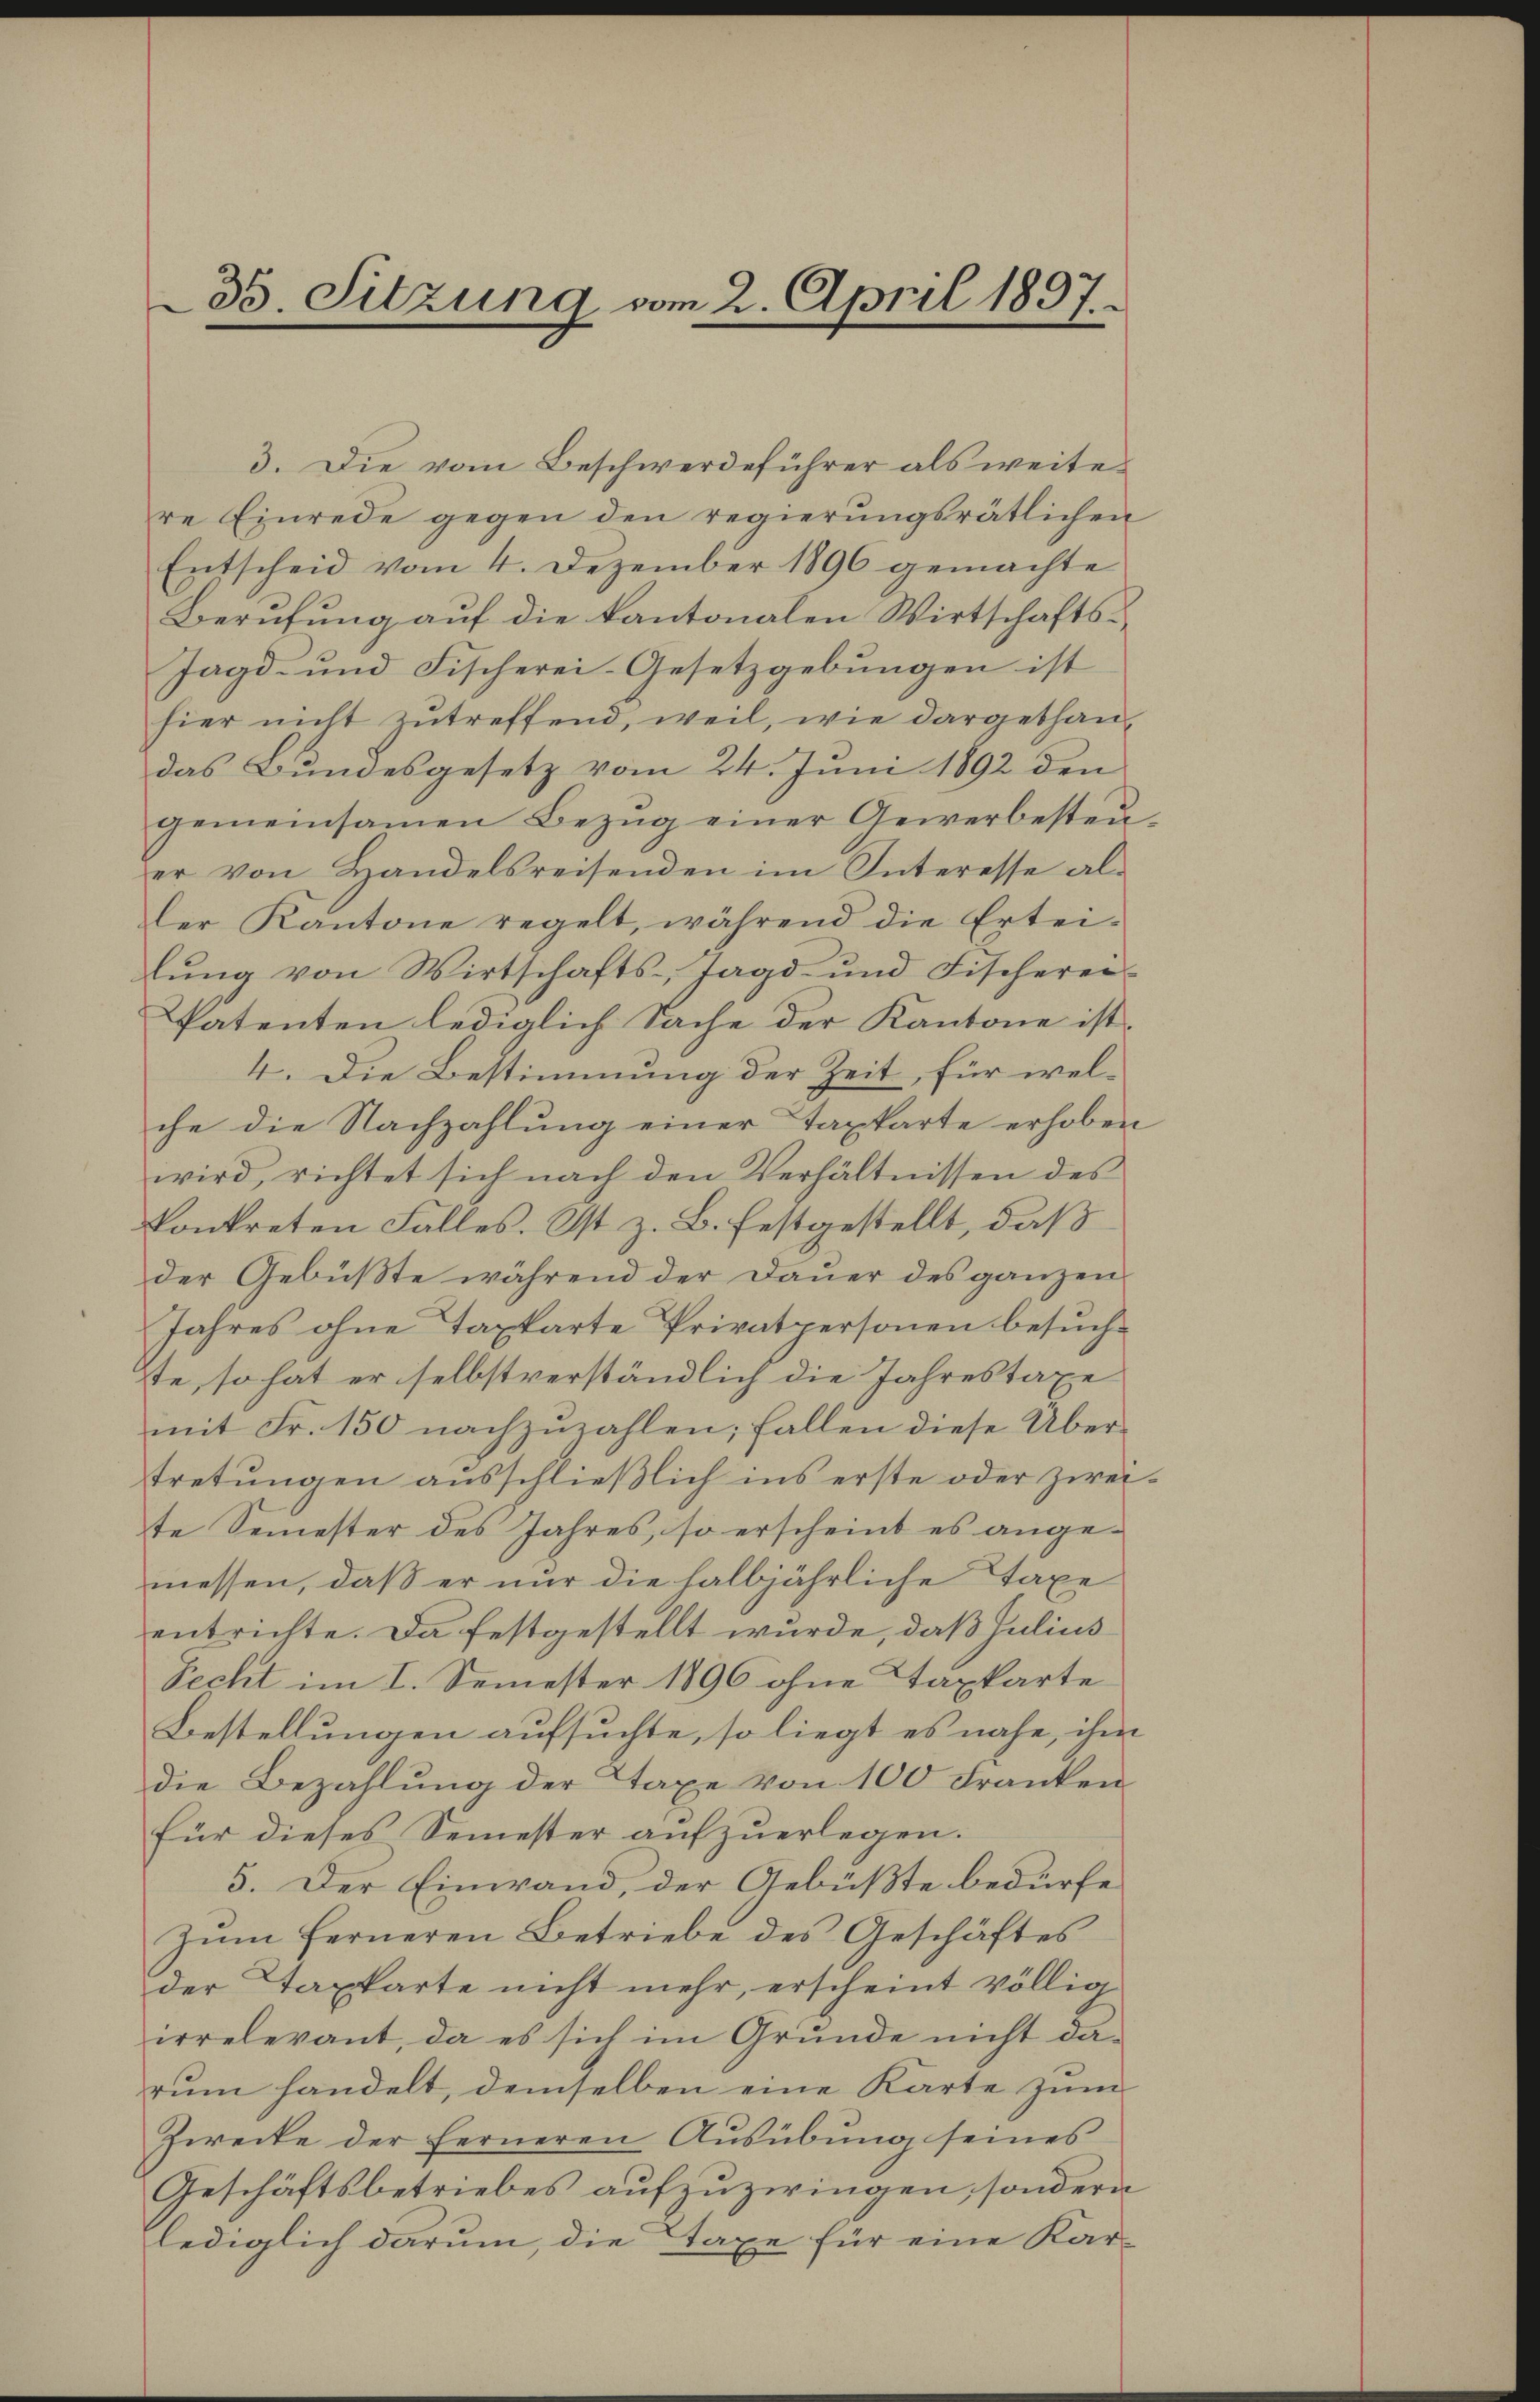
35 Sitzung vom 2. April 1897.

3. Die vom Beschwerdeführer als weite
re Einrede gegen den regierungsrätlichen
Entscheid vom 4. Dezember 1896 gemachte
Berufung auf die kantonalen Wirtschafts¬
Jagd- und Fischerei-Gesetzgebungen ist
hier nicht zutreffend, weil, wie dargethan,
das Bundesgesetz vom 24. Juni 1892 den
gemeinsamen Bezug einer Gewerbesteuer von Handelsreisenden im Interesse al-
ler Kantone regelt, während die Ertei-
lŭng von Wirtschafts- Jagd- und Fischerer-
Patenten lediglich Sache der Kantone ist.
4. Die Bestimmung der Zeit, für welche die Nachzahlung einer Taxkarte erhoben
wird, richtet sich nach den Verhältnissen des
konkreten Falles. Ist z. B. festgestellt, daß
der Gebüßte während der Dauer des ganzen
Jahres ohne Tapparte Privatpersonen besuchste, so hat er selbstverständlich die Jahrestaxe
mit Fr. 150 nachzuzahlen; fallen diese Übertretungen ausschließlich ins erste oder zweite Semester des Jahres, so erscheint es angemessen, daß er nur die halbjährliche Taxe
entrichte. Da festgestellt wurde, daß Julius
Recht im I. Semester 1896 ohne Taxkarte
Bestellungen aufsuchte, so liegt es nahe, ihm
die Bezahlung der Taxe von 100 Franken¬
Für dieses Semester aufzuerlegen.
5. Der Einwand, der Gebüßte bedürfe
Zum ferneren Betriebe des Geschäftes
der Taxkarte nicht mehr, erscheint völlig
irrelevant, da es sich im Grunde nicht da-
rum handelt, demselben eine Karte zum
Zwecke der ferneren Ausübung seines
Geschäftsbetriebes aufzuzwingen, sondern
lediglich darum, die Taxe für eine Kar-